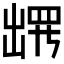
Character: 𫥧